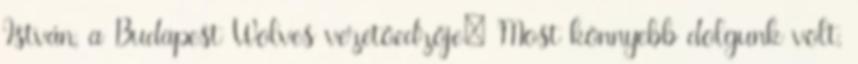
István, a Budapest Wolves vezetőedzője: Most könnyebb dolgunk volt,